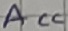
Text: ACC